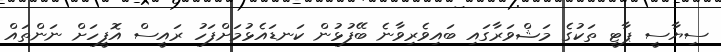
ސިޔާސީ ޕާޓީ ތަކުގެ މަޝްވަރާގައި ބައިވެރިވާނެ ބޭފުޅުން ކަނޑައެޅުމަށްފަހު ރައީސް އޮފީހަށް ނަންތައް